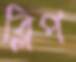
ব্লিপ